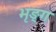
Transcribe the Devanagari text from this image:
भृङ्ग